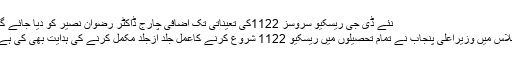
نئے ڈی جی ریسکیو سروسز 1122کی تعیناتی تک اضافی چارج ڈاکٹر رضوان نصیر کو دیا جائے گا-
اجلاس میں وزیراعلیٰ پنجاب نے تمام تحصیلوں میں ریسکیو 1122 شروع کرنے کاعمل جلد ازجلد مکمل کرنے کی ہدایت بھی کی ہے ۔